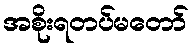
အစိုးရတပ်မတော်